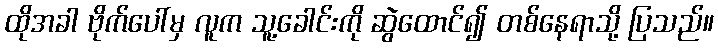
ထိုအခါ ဗိုက်ပေါ်မှ လူက သူ့ခေါင်းကို ဆွဲထောင်၍ တစ်နေရာသို့ ပြသည်။